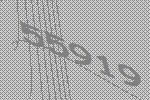
55919